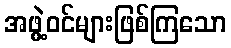
အဖွဲ့ဝင်များဖြစ်ကြသော